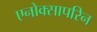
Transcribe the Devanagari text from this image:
एनोक्सापरिन